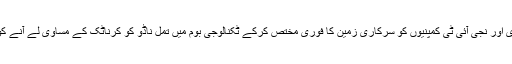
ریاست کے اسپیشل اکانومک زون پالیسی کی کامیاب عمل آوری اور نجی آئی ٹی کمپنیوں کو سرکاری زمین کا فوری مختص کرکے ٹکنالوجی بوم میں تمل ناڈو کو کرناٹک کے مساوی لے آنے کو عام طور پر ان کی کامیابیوں کے طور پر شمار کیا جاتا ہے۔